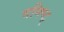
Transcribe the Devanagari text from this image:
घनिष्ट्